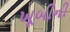
ખૂબીની